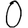
Digit: 0